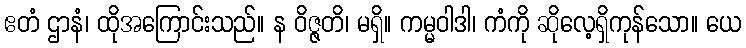
ဧတံ ဌာနံ၊ ထိုအကြောင်းသည်။ န ဝိဇ္ဇတိ၊ မရှိ။ ကမ္မဝါဒါ၊ ကံကို ဆိုလေ့ရှိကုန်သော။ ယေ